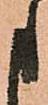
申